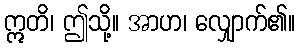
ဣတိ၊ ဤသို့။ အာဟ၊ လျှောက်၏။